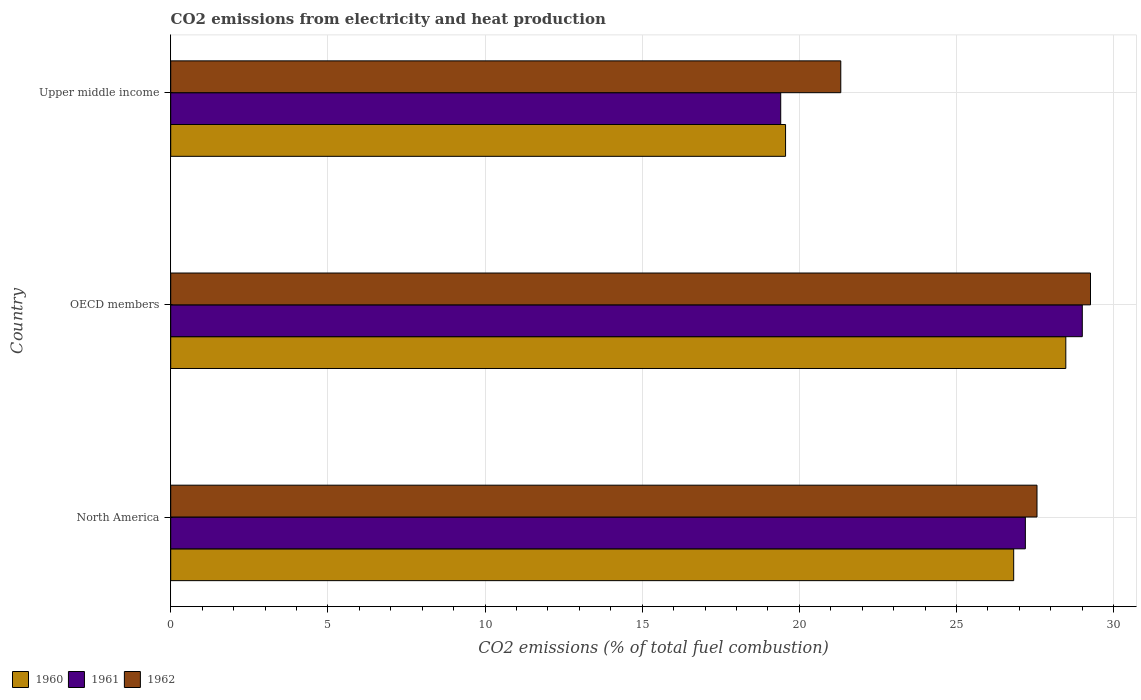
| Country | 1960 | 1961 | 1962 |
 | --- | --- | --- | --- |
 | North America | 26.8 | 27.2 | 27.6 |
 | OECD members | 28.5 | 29 | 29.3 |
 | Upper middle income | 19.6 | 19.4 | 21.3 |